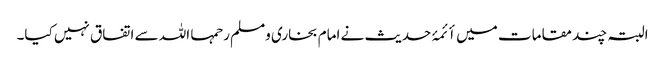
البتہ چند مقامات میں أئمۂ حدیث نے امام بخاری ومسلم رحمہا اللہ سے اتفاق نہیں کیا۔